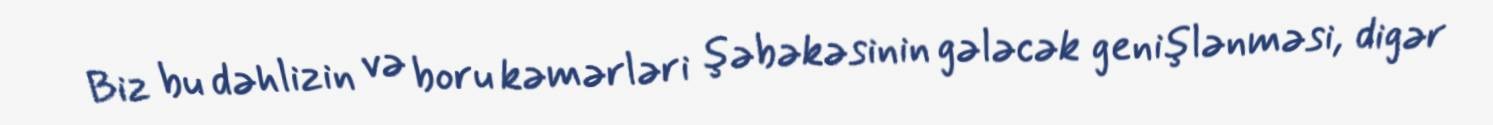
Biz bu dəhlizin və boru kəmərləri şəbəkəsinin gələcək genişlənməsi, digər